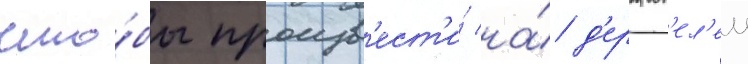
что́бы произв'ест'и́ на́ д'ержат'ел'еи